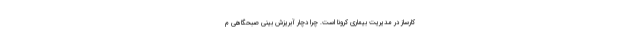
کارساز در مدیریت بیماری کرونا است. چرا دچار آبریزش بینی صبحگاهی م